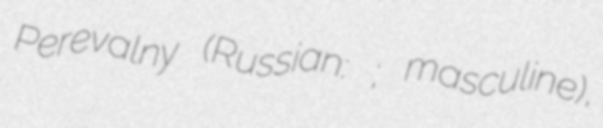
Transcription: Perevalny (Russian: Перевальный; masculine),